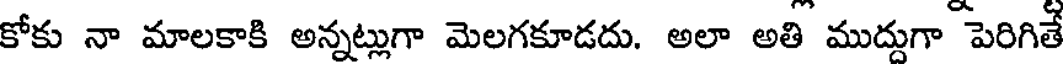
కోకు నా మాలకాకి అన్నట్లుగా మెలగకూడదు. అలా అతి ముద్దుగా పెరిగితే